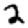
Digit: 2